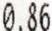
0.86